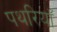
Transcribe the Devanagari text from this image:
पथरियाँ